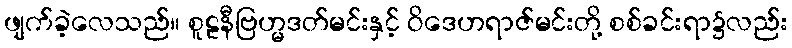
ဖျက်ခဲ့လေသည်။ စူဠနီဗြဟ္မဒတ်မင်းနှင့် ဝိဒေဟရာဇ်မင်းတို့ စစ်ခင်းရာ၌လည်း